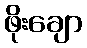
ဖိုးချော